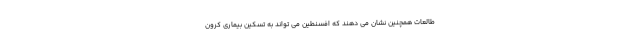
طالعات همچنین نشان می دهند که افسنطین می تواند به تسکین بیماری کرون